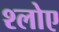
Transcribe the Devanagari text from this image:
श्लोए